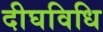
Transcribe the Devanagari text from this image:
दीघविधि